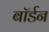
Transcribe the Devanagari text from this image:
बॉर्डन